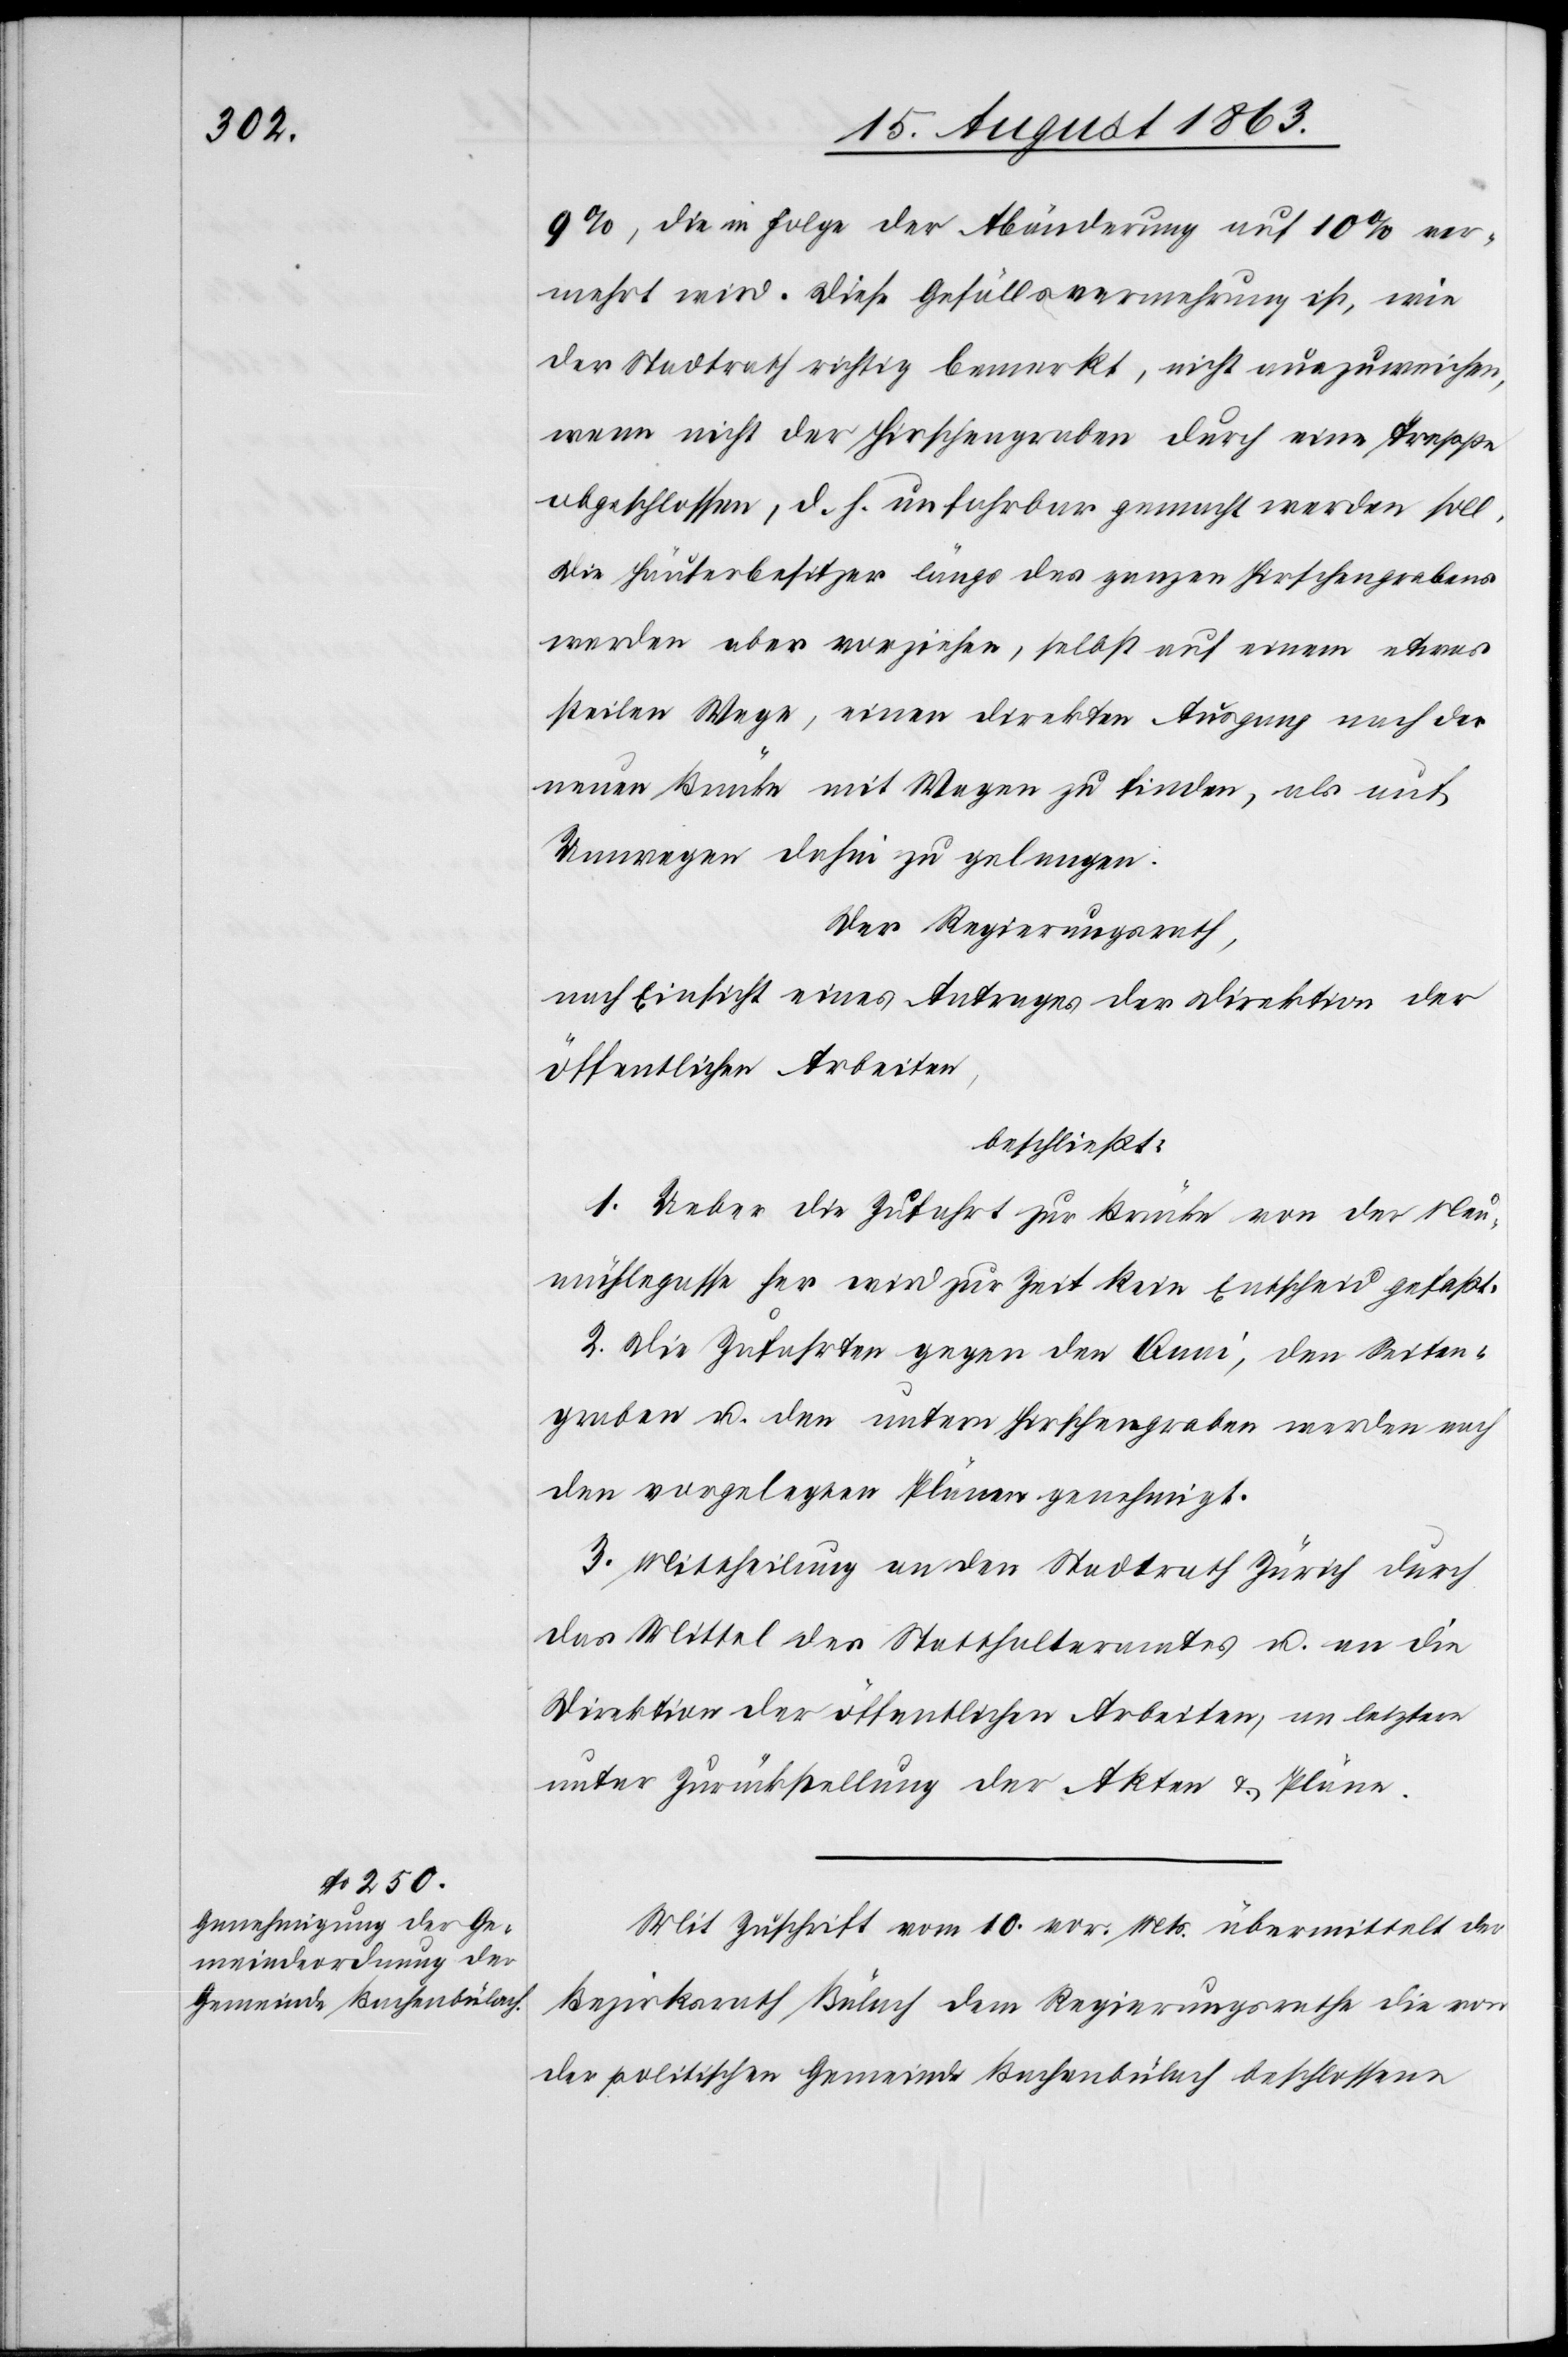
9%, die in Folge der Abänderung auf 10% ver¬
mehrt wird. Diese Gefällsvermehrung ist, wie
der Stadtrath richtig bemerkt, nicht auszuweichen,
wenn nicht der Hirschengraben durch eine Treppe
abgeschlossen, d. h. unfahrbar gemacht werden soll.
Die Häuserbesitzer längs des ganzen Hirschengrabens
werden aber vorziehen, selbst auf einem etwas
steilen Wege, einen direkten Ausgang nach der
neuen Brücke mit Wegen zu finden, als auf
Umwegen dahin zu gelangen.
Der Regierungsrath,
nach Einsicht eines Antrages der Direktion der
öffentlichen Arbeiten,
beschließt:
1. Ueber die Zufahrt zur Brücke von der Neu¬
mühlegasse her wird zur Zeit kein Entscheid gefaßt.
2. Die Zufahrten gegen den Quai, den Seiten¬
graben u. den untern Hirschengraben werden nach
den vorgelegten Plänen genehmigt.
3. Mittheilung an den Stadtrath Zürich durch
das Mittel des Statthalteramtes u. an die
Direktion der öffentlichen Arbeiten, an letztere
unter Zurückstellung der Akten & Pläne.
Mit Zuschrift vom 10. vor. Mts. übermittelt der
Bezirksrath Bülach dem Regierungsrathe die von
der politischen Gemeinde Bachenbülach beschlossene